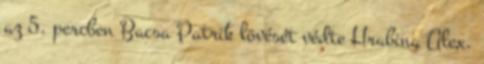
az 5. percben Bacsa Patrik lövését védte Hrabina Alex.